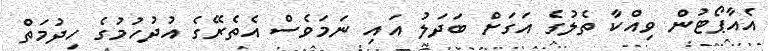
އެއާޕޯޓުން ވިއްކާ ތެލުގެ އަގަށް ބަދަލު އައި ނަމަވެސް އެތެރޭގެ އުދުހުމުގެ ހިދުމަތް